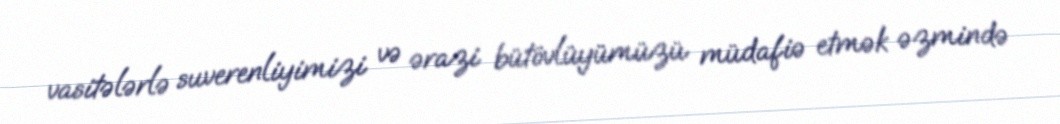
vasitələrlə suverenliyimizi və ərazi bütövlüyümüzü müdafiə etmək əzmində